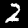
Label: 2